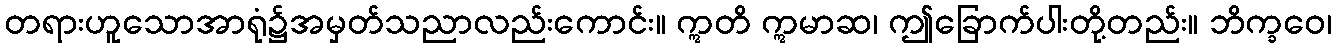
တရားဟူသောအာရုံ၌အမှတ်သညာလည်းကောင်း။ ဣတိ ဣမာဆ၊ ဤခြောက်ပါးတို့တည်း။ ဘိက္ခဝေ၊